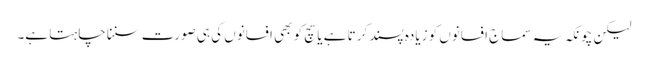
لیکن چونکہ یہ سماج افسانوں کو زیادہ پسند کرتا ہے یا سچ کو بھی افسانوں کی ہی صورت سننا چاہتا ہے۔